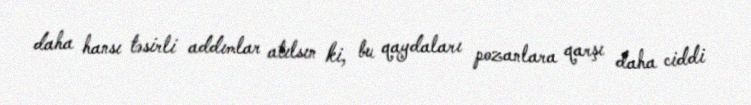
daha hansı təsirli addımlar atılsın ki, bu qaydaları pozanlara qarşı daha ciddi